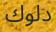
دلوك